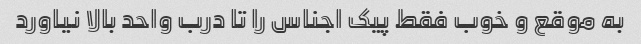
به موقع و خوب فقط پیک اجناس را تا درب واحد بالا نیاورد